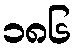
၁၈၆